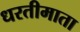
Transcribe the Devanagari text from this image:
धरतीमाता